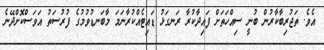
އެވެ. ތަޖުރިބާކާރުން ބުނީ ސިއްހަތަށް ފައިދާކުރާ ރަނގަޅު ޑައިޓެއްކުރާނަމަ މާބަނޑުުވުމުގެ ފުރުސަތު އަވަސްކޮށްދޭނެ